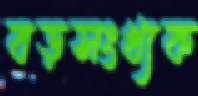
বড়সংখ্যক